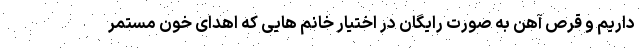
داریم و قرص آهن به صورت رایگان در اختیار خانم هایی که اهدای خون مستمر